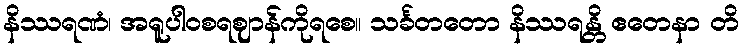
နိဿရဏံ၊ အရူပါဝစရဈာန်ကိုရစေ။ သင်္ခတတော နိဿရန္တိ ဧတေနာ တိ